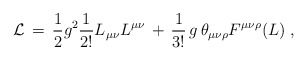
\begin{align*}{\cal L} \,=\, \frac{1}{2} g^2 \frac{1}{2!} L_{\mu \nu} L^{\mu \nu} \,+ \, \frac{1}{3!} \,g \, \theta_{\mu \nu \rho} F^{\mu \nu \rho} (L) \;,\end{align*}